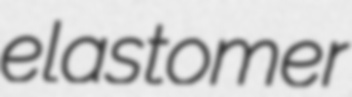
elastomer